Jaan_Tonisson_(Lasteleht), lk 283
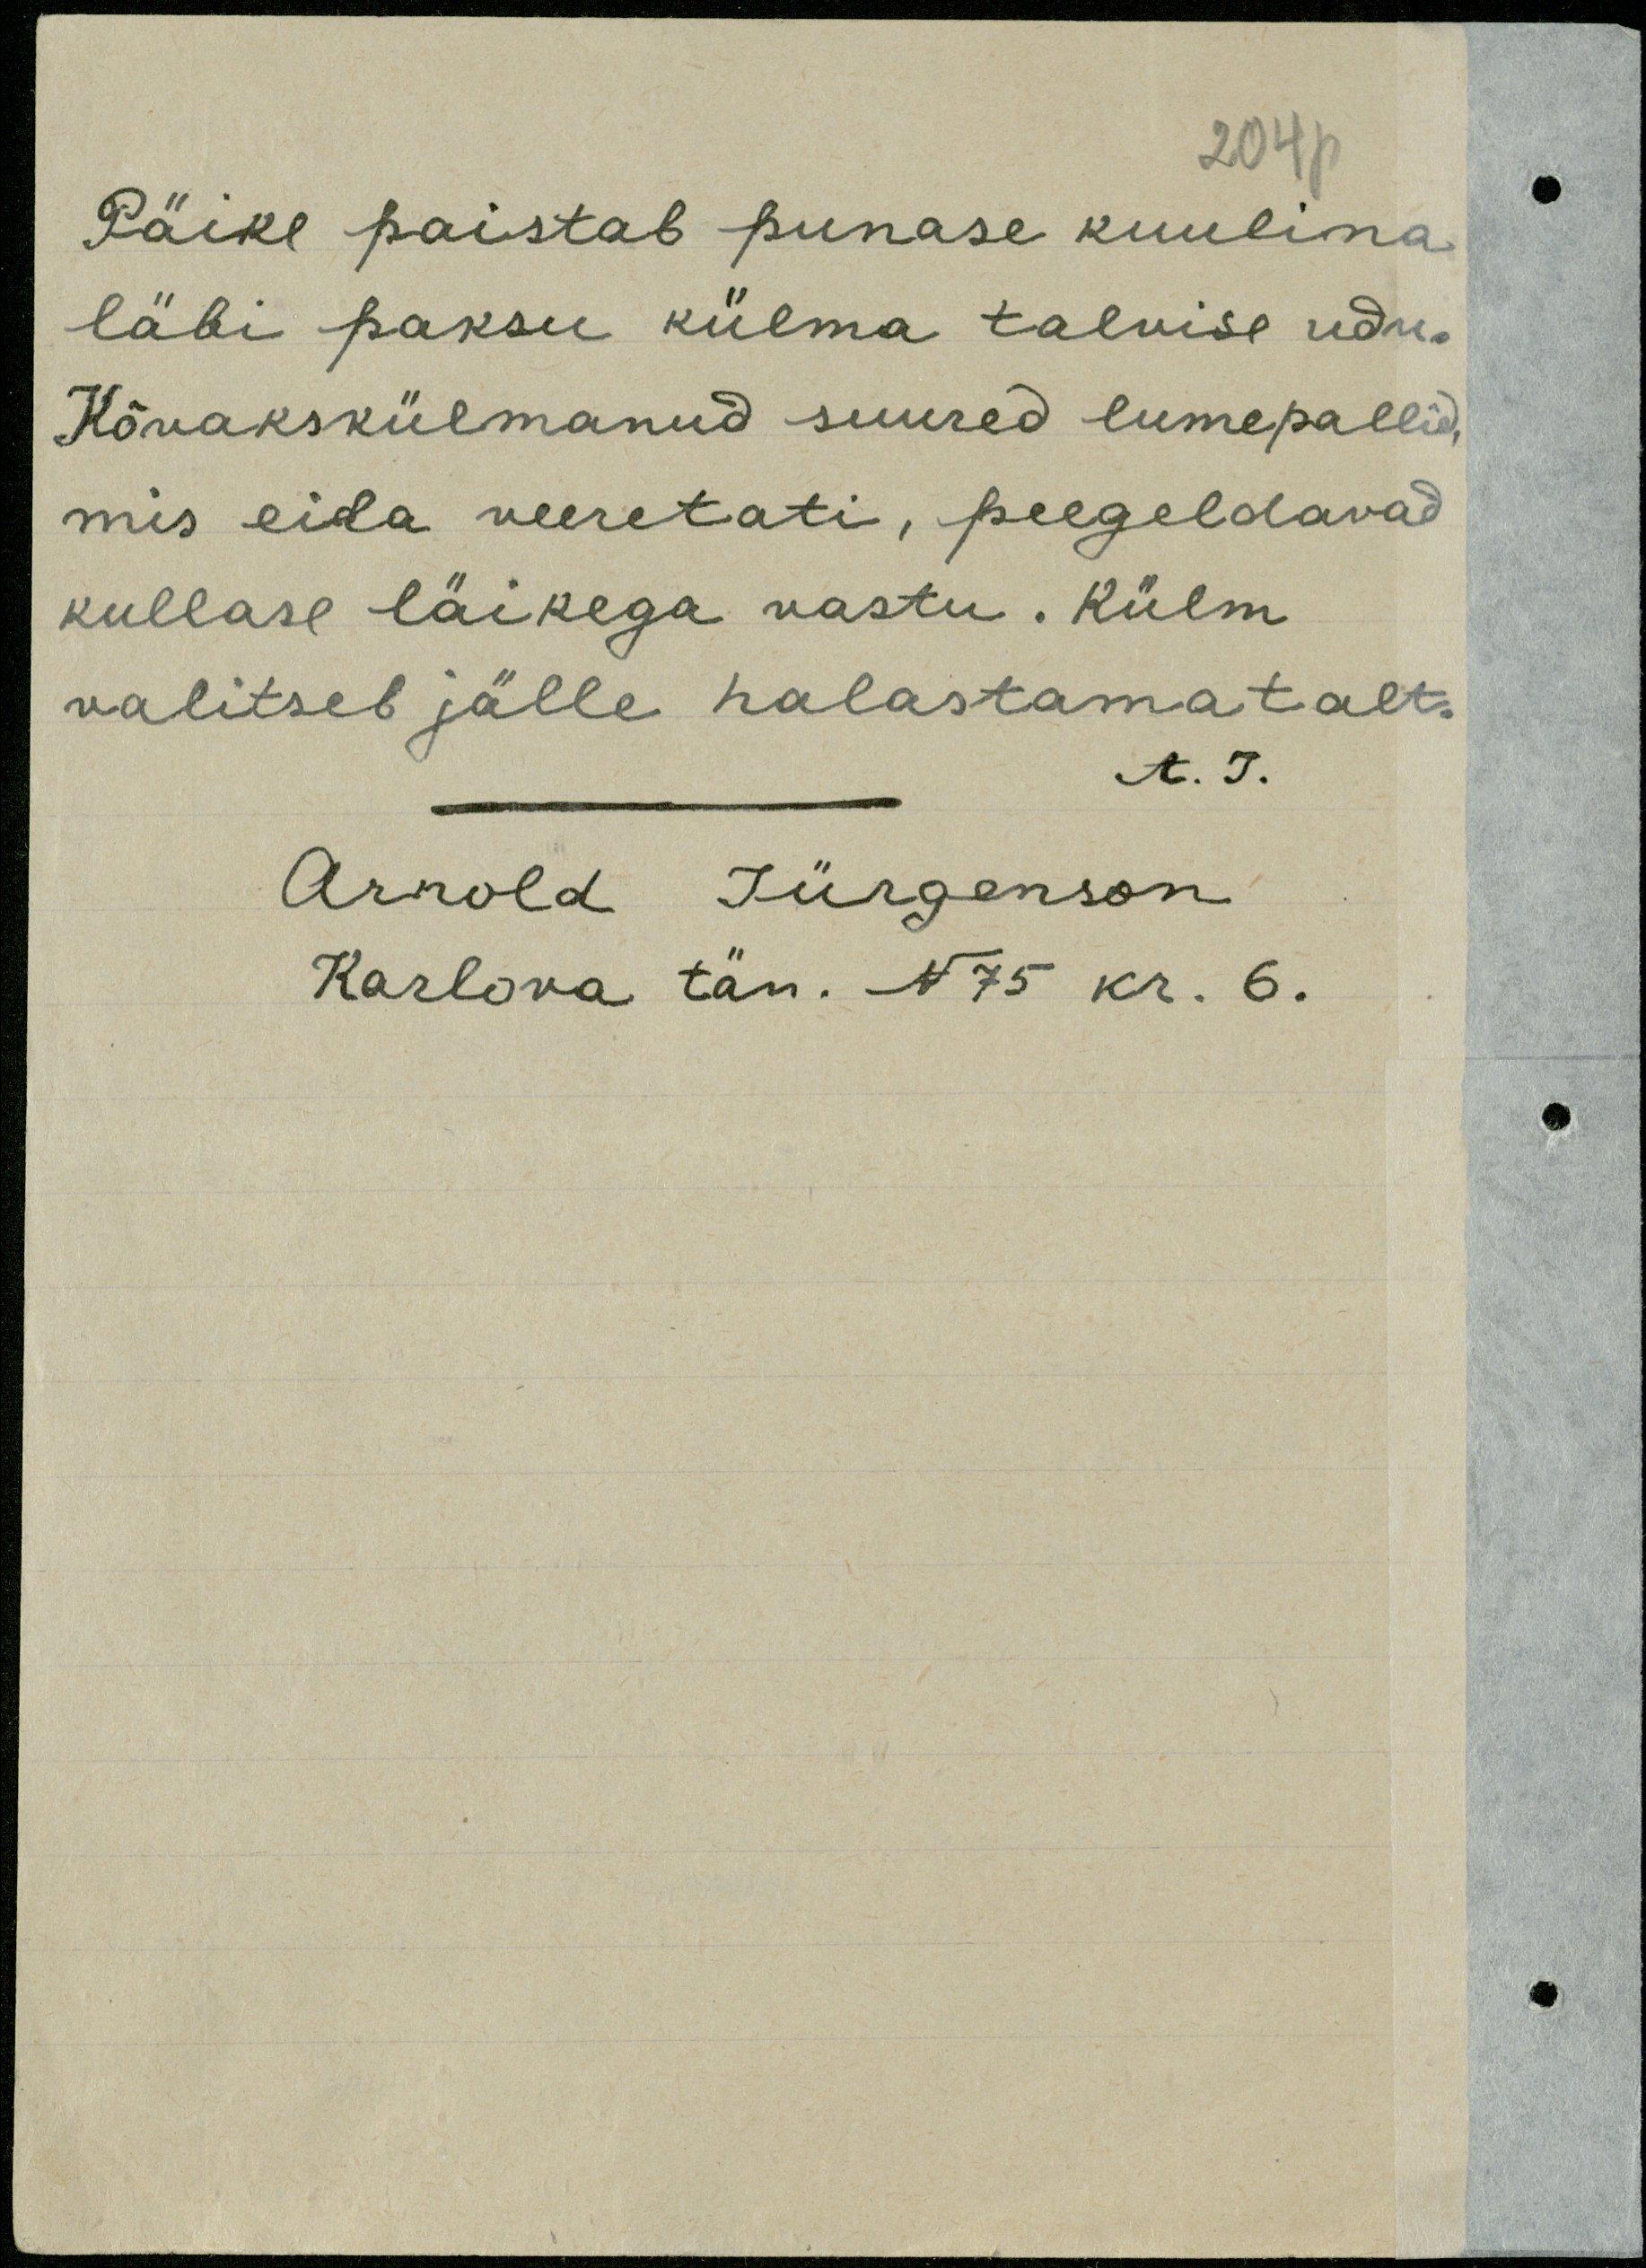
204p
Päike paistab punase kuulina
läbi paksu külma talvise udu.
Kõvakskülmanud suured lumepallid,
mis eila veeretati, peegeldavad
kullase läikega vastu. Külm
valitseb jälle halastamatalt.
A. J.
Arnold Jürgenson
Karlova tän. N 75 kr. 6.